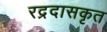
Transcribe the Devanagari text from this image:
रद्रदासकृत